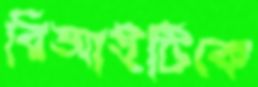
বিআইটিকে